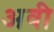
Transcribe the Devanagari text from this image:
अवी